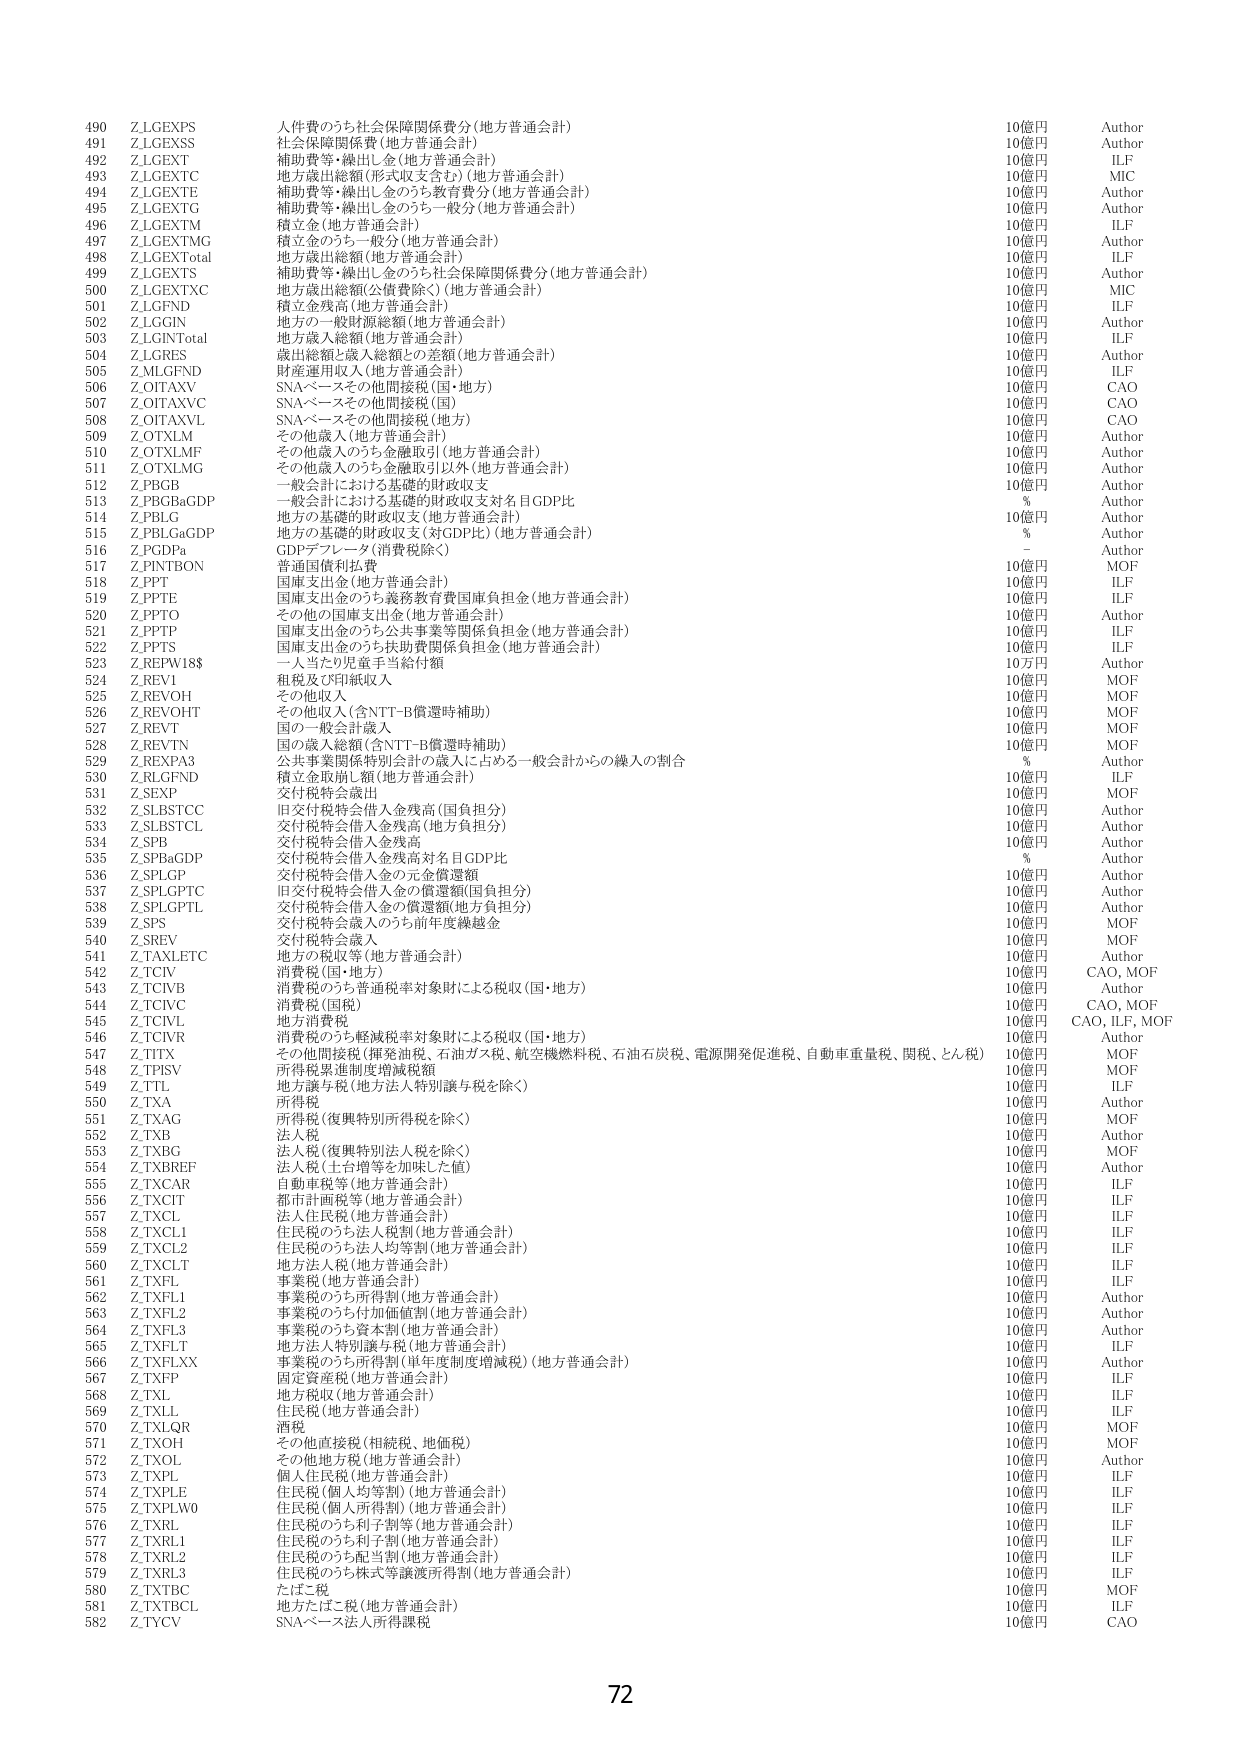
490 Z.LGEXPS 人件費のうち社会保障関係費分（地方普通会計） 10億円 Author
491 Z.LGEXSS 社会保障関係費（地方普通会計） 10億円 Author
492 Z.LGEXT 補助費等・繰出し金（地方普通会計） 10億円 ILF
493 Z.LGEXTC 地方歳出総額（形式収支含む）（地方普通会計） 10億円 MIC
494 Z.LGEXTE 補助費等・繰出し金のうち教育費分（地方普通会計） 10億円 Author
495 Z.LGEXTG 補助費等・繰出し金のうち一般分（地方普通会計） 10億円 Author
496 Z.LGEXTM 積立金（地方普通会計） 10億円 ILF
497 Z.LGEXTMG 積立金のうち一般分（地方普通会計） 10億円 Author
498 Z.LGEXTotal 地方歳出総額（地方普通会計） 10億円 ILF
499 Z.LGEXTS 補助費等・繰出し金のうち社会保障関係費分（地方普通会計） 10億円 Author
500 Z.LGEXTXC 地方歳出総額（公債費除く）（地方普通会計） 10億円 MIC
501 Z.LGFND 積立金残高（地方普通会計） 10億円 ILF
502 Z.LGGIN 地方の一般財源総額（地方普通会計） 10億円 Author
503 Z.LGINTotal 地方歳入総額（地方普通会計） 10億円 ILF
504 Z.LGRES 歳出総額と歳入総額との差額（地方普通会計） 10億円 Author
505 Z.MLGFND 財産運用収入（地方普通会計） 10億円 ILF
506 Z.OITAXV SNAベースその他間接税（国・地方） 10億円 CAO
507 Z.OITAXVC SNAベースその他間接税（国） 10億円 CAO
508 Z.OITAXVL SNAベースその他間接税（地方） 10億円 CAO
509 Z.OTXLM その他歳入（地方普通会計） 10億円 Author
510 Z.OTXLMF その他歳入のうち金融取引（地方普通会計） 10億円 Author
511 Z.OTXLMG その他歳入のうち金融取引以外（地方普通会計） 10億円 Author
512 Z.PBGB 一般会計における基礎的財政収支 10億円 Author
513 Z.PBGBaGDP 一般会計における基礎的財政収支対名目GDP比 % Author
514 Z.PBLG 地方の基礎的財政収支（地方普通会計） 10億円 Author
515 Z.PBLGaGDP 地方の基礎的財政収支（対GDP比）（地方普通会計） % Author
516 Z.PGDPa GDPデフレータ（消費税除く） - Author
517 Z.PINTBON 普通国債利払費 10億円 MOF
518 Z.PPT 国庫支出金（地方普通会計） 10億円 ILF
519 Z.PPTE 国庫支出金のうち義務教育費国庫負担金（地方普通会計） 10億円 ILF
520 Z.PPTO その他の国庫支出金（地方普通会計） 10億円 Author
521 Z.PPTP 国庫支出金のうち公共事業等関係負担金（地方普通会計） 10億円 ILF
522 Z.PPTS 国庫支出金のうち扶助費関係負担金（地方普通会計） 10億円 ILF
523 Z.REPW18$ 一人当たり児童手当給付額 10万円 Author
524 Z.REV1 租税及び印紙収入 10億円 MOF
525 Z.REVOH その他収入 10億円 MOF
526 Z.REVOHT その他収入（含NTT-B償還時補助） 10億円 MOF
527 Z.REVT 国の一般会計歳入 10億円 MOF
528 Z.REVTN 国の歳入総額（含NTT-B償還時補助） 10億円 MOF
529 Z.REXPA3 公共事業関係特別会計の歳入に占める一般会計からの繰入の割合 % Author
530 Z.RLGFND 積立金取崩し額（地方普通会計） 10億円 ILF
531 Z.SEXP 交付税特会歳出 10億円 MOF
532 Z.SLBSTCC 旧交付税特会借入金残高（国負担分） 10億円 Author
533 Z.SLBSTCL 交付税特会借入金残高（地方負担分） 10億円 Author
534 Z.SPB 交付税特会借入金残高 10億円 Author
535 Z.SPBaGDP 交付税特会借入金残高対名目GDP比 % Author
536 Z.SPLGP 交付税特会借入金の元金償還額 10億円 Author
537 Z.SPLGPTC 旧交付税特会借入金の償還額（国負担分） 10億円 Author
538 Z.SPLGPTL 交付税特会借入金の償還額（地方負担分） 10億円 Author
539 Z.SPS 交付税特会歳入のうち前年度繰越金 10億円 MOF
540 Z.SREV 交付税特会歳入 10億円 MOF
541 Z.TAXLETC 地方の税収等（地方普通会計） 10億円 Author
542 Z.TCIV 消費税（国・地方） 10億円 CAO, MOF
543 Z.TCIVB 消費税のうち普通税率対象財による税収（国・地方） 10億円 Author
544 Z.TCIVC 消費税（国税） 10億円 CAO, MOF
545 Z.TCIVL 地方消費税 10億円 CAO, ILF, MOF
546 Z.TCIVR 消費税のうち軽減税率対象財による税収（国・地方） 10億円 Author
547 Z.TITX その他間接税（揮発油税、石油ガス税、航空機燃料税、石油石炭税、電源開発促進税、自動車重量税、関税、とん税） 10億円 MOF
548 Z.TFISV 所得税累進制度増減税額 10億円 MOF
549 Z.TTL 地方譲与税（地方法人特別譲与税を除く） 10億円 ILF
550 Z.TXA 所得税 10億円 Author
551 Z.TXAG 所得税（復興特別所得税を除く） 10億円 MOF
552 Z.TXB 法人税 10億円 Author
553 Z.TXBG 法人税（復興特別法人税を除く） 10億円 MOF
554 Z.TXBREF 法人税（土台増等を加味した値） 10億円 Author
555 Z.TXCAR 自動車税等（地方普通会計） 10億円 ILF
556 Z.TXCIT 都市計画税等（地方普通会計） 10億円 ILF
557 Z.TXCL 法人住民税（地方普通会計） 10億円 ILF
558 Z.TXCL1 住民税のうち法人税割（地方普通会計） 10億円 ILF
559 Z.TXCL2 住民税のうち法人均等割（地方普通会計） 10億円 ILF
560 Z.TXCLT 地方法人税（地方普通会計） 10億円 ILF
561 Z.TXFL 事業税（地方普通会計） 10億円 ILF
562 Z.TXFL1 事業税のうち所得割（地方普通会計） 10億円 Author
563 Z.TXFL2 事業税のうち付加価値割（地方普通会計） 10億円 Author
564 Z.TXFL3 事業税のうち資本割（地方普通会計） 10億円 Author
565 Z.TXFLT 地方法人特別譲与税（地方普通会計） 10億円 ILF
566 Z.TXFLXX 事業税のうち所得割（単年度制度増減税）（地方普通会計） 10億円 Author
567 Z.TXFP 固定資産税（地方普通会計） 10億円 ILF
568 Z.TXL 地方税収（地方普通会計） 10億円 ILF
569 Z.TXLL 住民税（地方普通会計） 10億円 ILF
570 Z.TXLQR 酒税 10億円 MOF
571 Z.TXOH その他直接税（相続税、地価税） 10億円 MOF
572 Z.TXOL その他地方税（地方普通会計） 10億円 Author
573 Z.TXPL 個人住民税（地方普通会計） 10億円 ILF
574 Z.TXPLE 住民税（個人均等割）（地方普通会計） 10億円 ILF
575 Z.TXPLW0 住民税（個人所得割）（地方普通会計） 10億円 ILF
576 Z.TXRL 住民税のうち利子割等（地方普通会計） 10億円 ILF
577 Z.TXRL1 住民税のうち利子割（地方普通会計） 10億円 ILF
578 Z.TXRL2 住民税のうち配当割（地方普通会計） 10億円 ILF
579 Z.TXRL3 住民税のうち株式等譲渡所得割（地方普通会計） 10億円 ILF
580 Z.TXTBC たばこ税 10億円 MOF
581 Z.TXTBCL 地方たばこ税（地方普通会計） 10億円 ILF
582 Z.TYCV SNAベース法人所得税 10億円 CAO

72